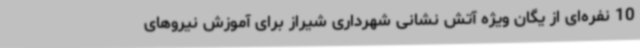
10 نفره‌ای از یگان ویژه آتش نشانی شهرداری شیراز برای آموزش نیروهای